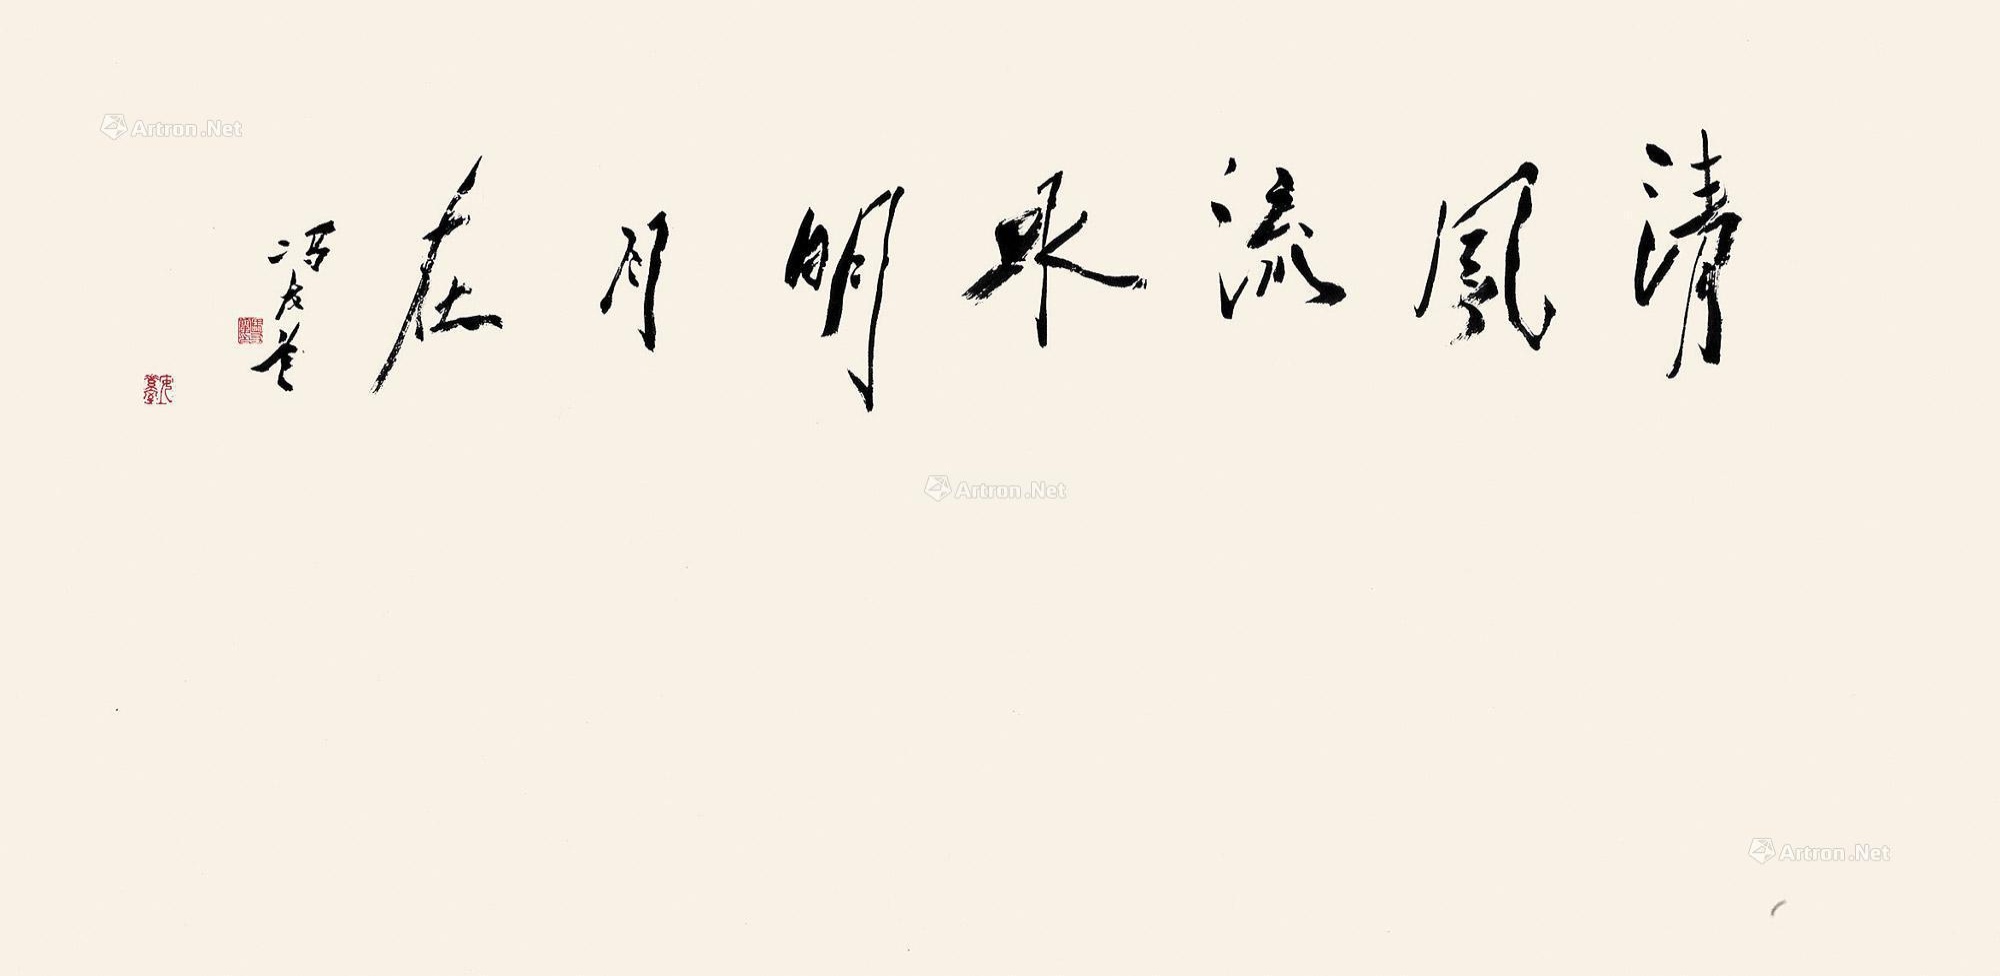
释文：清风流水明月在。冯友兰印